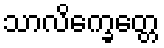
သာလိက္ခေတ္တေ